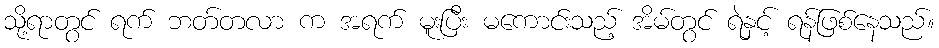
သို့ရာတွင် ရက် ဘတ်တလာ က အရက် မူးပြီး မကောင်းသည့် အိမ်တွင် ရဲနှင့် ရန်ဖြစ်နေသည်။